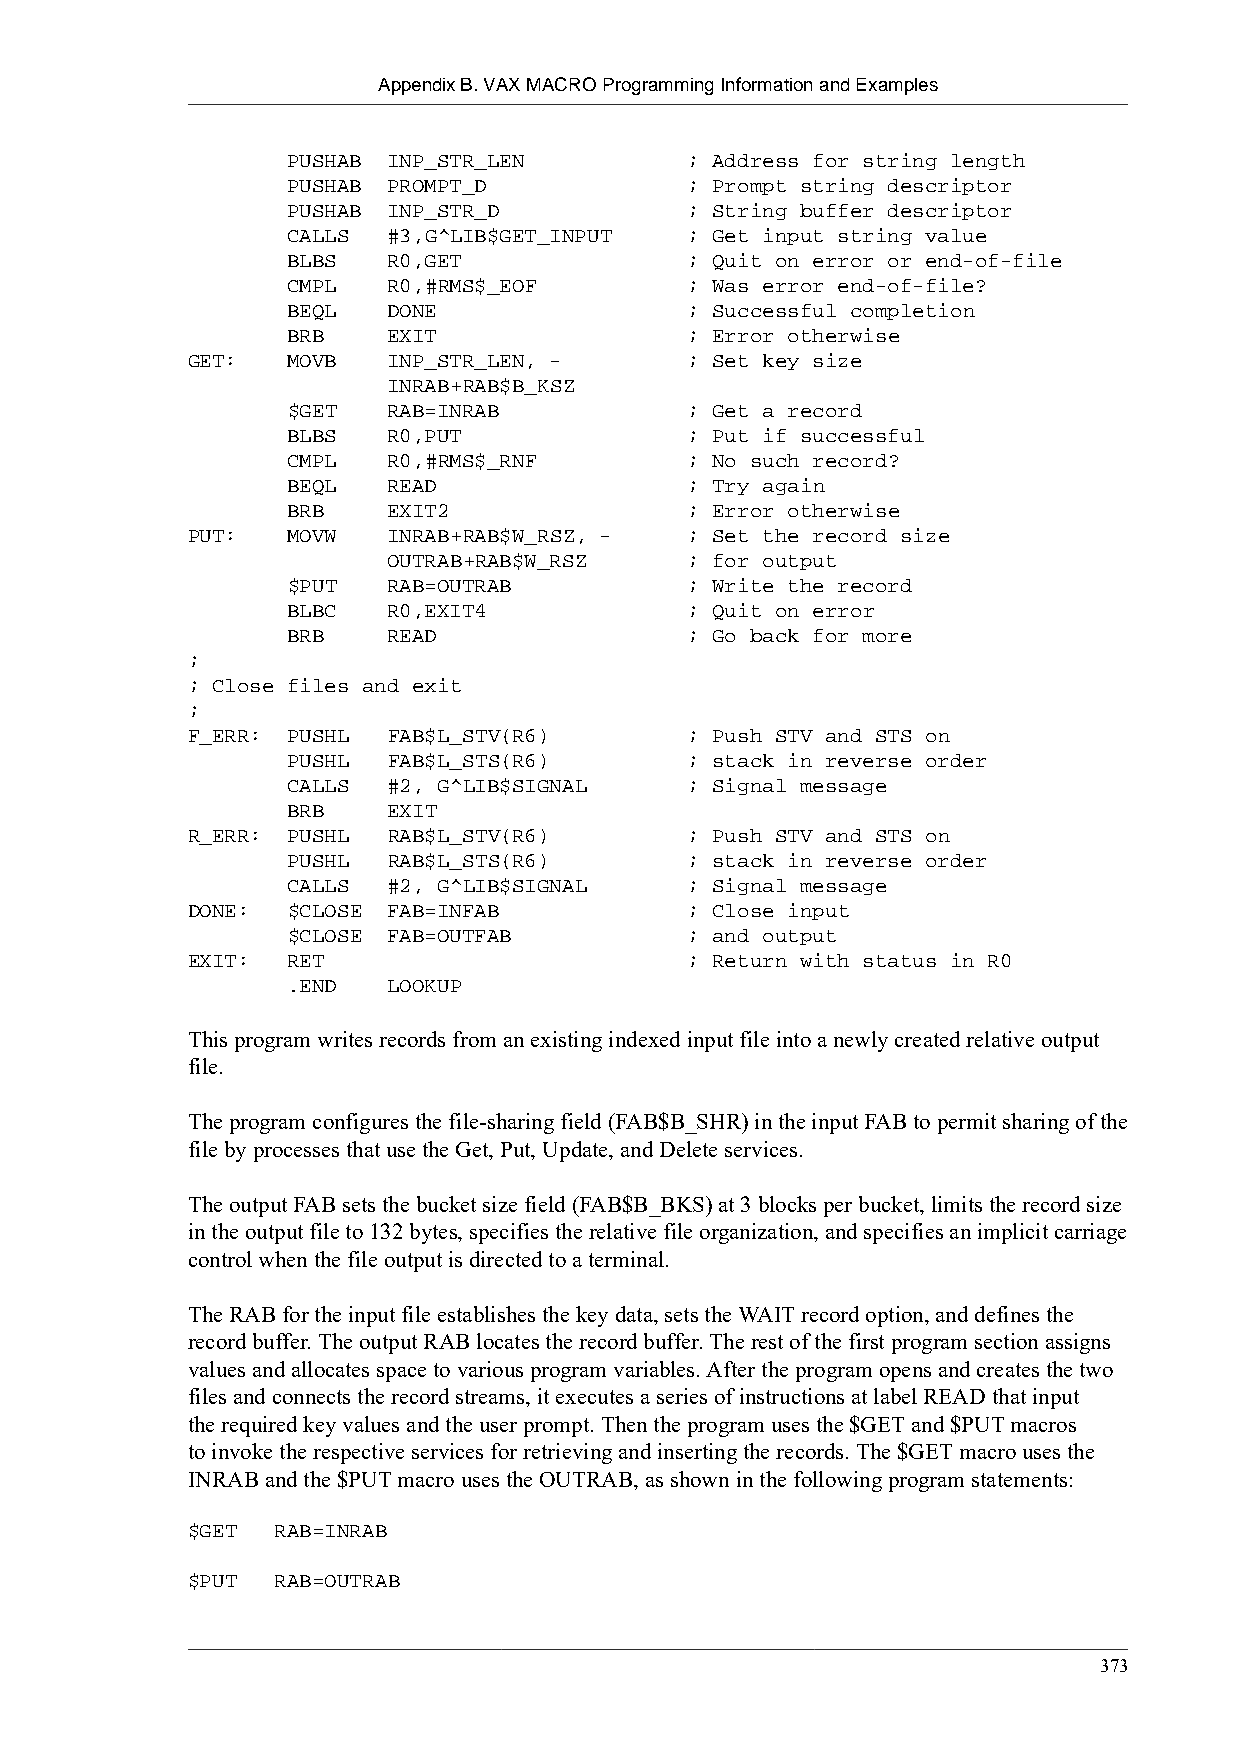
Appendix B. VAX MACRO Programming Information and Examples
 PUSHAB INP_STR_LEN         ; Address for string length
 PUSHAB PROMPT_D            ; Prompt string descriptor
 PUSHAB INP_STR_D           ; String buffer descriptor
 CALLS  #3,G^LIB$GET_INPUT  ; Get input string value
 BLBS   R0,GET              ; Quit on error or end-of-file
 CMPL   R0,#RMS$_EOF        ; Was error end-of-file?
 BEQL   DONE                ; Successful completion
 BRB    EXIT                ; Error otherwise
 GET:   MOVB   INP_STR_LEN, -      ; Set key size
 INRAB+RAB$B_KSZ
 $GET   RAB=INRAB           ; Get a record
 BLBS   R0,PUT              ; Put if successful
 CMPL   R0,#RMS$_RNF        ; No such record?
 BEQL   READ                ; Try again
 BRB    EXIT2               ; Error otherwise
 PUT:   MOVW   INRAB+RAB$W_RSZ, -  ; Set the record size
 OUTRAB+RAB$W_RSZ    ; for output
 $PUT   RAB=OUTRAB          ; Write the record
 BLBC   R0,EXIT4            ; Quit on error
 BRB    READ                ; Go back for more
 ;
 ; Close files and exit
 ;
 F_ERR: PUSHL  FAB$L_STV(R6)       ; Push STV and STS on
 PUSHL  FAB$L_STS(R6)       ; stack in reverse order
 CALLS  #2, G^LIB$SIGNAL    ; Signal message
 BRB    EXIT
 R_ERR: PUSHL  RAB$L_STV(R6)       ; Push STV and STS on
 PUSHL  RAB$L_STS(R6)       ; stack in reverse order
 CALLS  #2, G^LIB$SIGNAL    ; Signal message
 DONE:  $CLOSE FAB=INFAB           ; Close input
 $CLOSE FAB=OUTFAB          ; and output
 EXIT:  RET                        ; Return with status in R0
 .END   LOOKUP
 This program writes records from an existing indexed input file into a newly created relative output
 file.
 The program configures the file-sharing field (FAB$B_SHR) in the input FAB to permit sharing of the
 file by processes that use the Get, Put, Update, and Delete services.
 The output FAB sets the bucket size field (FAB$B_BKS) at 3 blocks per bucket, limits the record size
 in the output file to 132 bytes, specifies the relative file organization, and specifies an implicit carriage
 control when the file output is directed to a terminal.
 The RAB for the input file establishes the key data, sets the WAIT record option, and defines the
 record buffer. The output RAB locates the record buffer. The rest of the first program section assigns
 values and allocates space to various program variables. After the program opens and creates the two
 files and connects the record streams, it executes a series of instructions at label READ that input
 the required key values and the user prompt. Then the program uses the $GET and $PUT macros
 to invoke the respective services for retrieving and inserting the records. The $GET macro uses the
 INRAB and the $PUT macro uses the OUTRAB, as shown in the following program statements:
 $GET  RAB=INRAB
 $PUT  RAB=OUTRAB
 373